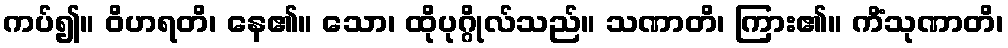
ကပ်၍။ ဝိဟရတိ၊ နေ၏။ သော၊ ထိုပုဂ္ဂိုလ်သည်။ သဏာတိ၊ ကြား၏။ ကိံသုဏာတိ၊